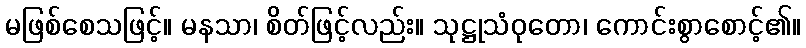
မဖြစ်စေသဖြင့်။ မနသာ၊ စိတ်ဖြင့်လည်း။ သုဋ္ဌုသံဝုတော၊ ကောင်းစွာစောင့်၏။